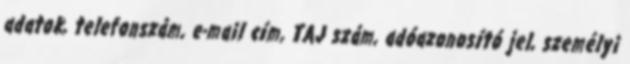
adatok, telefonszám, e-mail cím, TAJ szám, adóazonosító jel, személyi